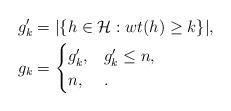
LaTeX: \begin{align*}g'_k &= |\{h \in \mathcal{H} : wt(h) \geq k\}|, \\g_k &=\begin{cases}g'_k, & g'_k \leq n, \\n, & .\end{cases}\end{align*}